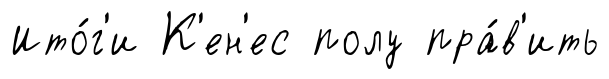
Ито́г'и К'ен'ес полу пра́в'ить